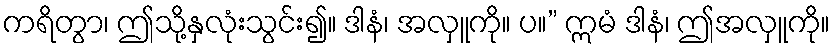
ကရိတွာ၊ ဤသို့နှလုံးသွင်း၍။ ဒါနံ၊ အလှူကို။ ပ။” ဣမံ ဒါနံ၊ ဤအလှူကို။